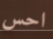
احس